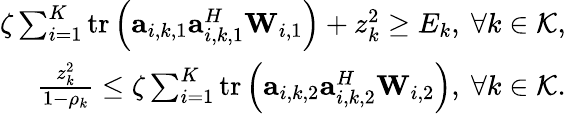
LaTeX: \begin{array}{r}{\zeta\sum_{i=1}^{K}\mathrm{tr}\left(\mathbf a_{i,k,1}\mathbf a_{i,k,1}^{H}\mathbf W_{i,1}\right)+z_{k}^{2}\geq E_{k},\ \forall k\in\mathcal K,}\\ {\frac{z_{k}^{2}}{1-\rho_{k}}\leq\zeta\sum_{i=1}^{K}\mathrm{tr}\left(\mathbf a_{i,k,2}\mathbf a_{i,k,2}^{H}\mathbf W_{i,2}\right),\ \forall k\in\mathcal K.}\end{array}